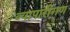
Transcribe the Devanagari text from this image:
व्‍यापारीगण